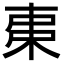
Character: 𣐺